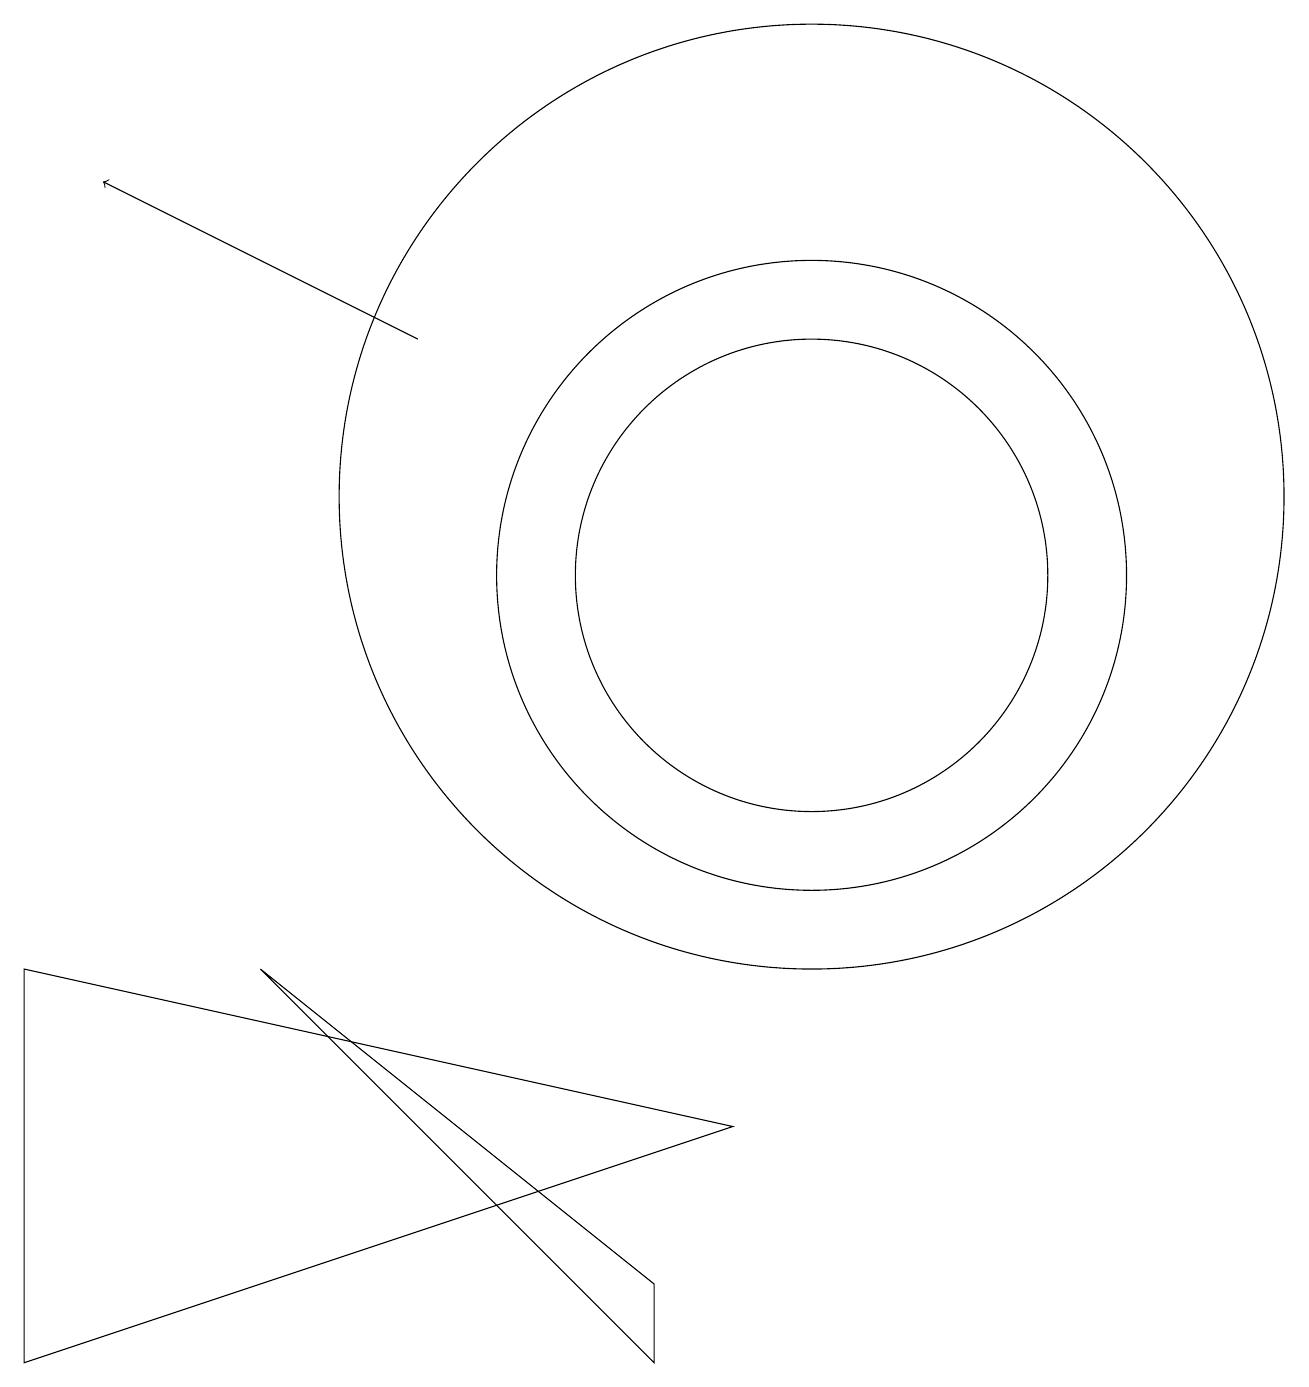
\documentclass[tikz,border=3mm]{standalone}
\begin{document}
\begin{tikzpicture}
\draw (10,10) circle (3);
\draw (10,10) circle (4);
\draw (8,0) -- (3,5) -- (8,1) -- cycle;
\draw (0,5) -- (9,3) -- (0,0) -- cycle;
\draw (10,11) circle (6);
\draw[->] (5,13) -- (1,15);
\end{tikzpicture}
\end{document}